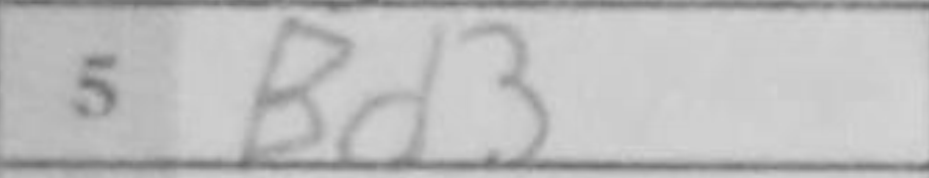
Transcription: Bd3